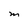
Character: M